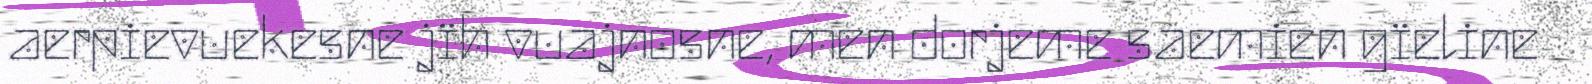
aerpievuekesne jïh vuajnosne, men dorjeme saemien gïeline